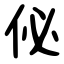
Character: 佖